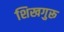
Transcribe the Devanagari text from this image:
शिखगुरू